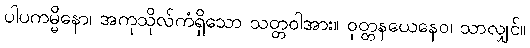
ပါပကမ္မိနော၊ အကုသိုလ်ကံရှိသော သတ္တဝါအား။ ဝုတ္တနယေနေဝ၊ သာလျှင်။